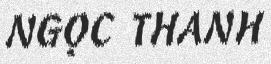
NGỌC THANH